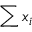
\sum x _ { i }